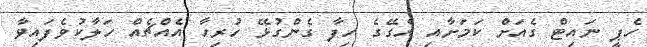
ހެޕީ ނައިޓް ގެއަށް ކަމަށާއި އެގޭގެ ހިފާ ގެންގުޅޭ ހުރިހާ އެއްޗެއް ހަލާކުވެފައިވާ